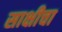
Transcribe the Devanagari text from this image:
साक्षीचा